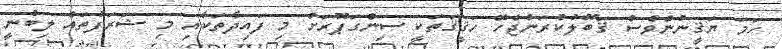
ހަމަ ޔަޤީނުންވެސް ޤަބޫލުކުރަންޖެހޭ ހަޤީޤަތަކީ ސިންގަޕޫރަށް މި ފައިދާތަކާއި މި ޝަރަފުތައް ލިބުނީ